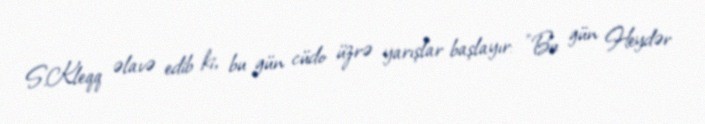
S.Kleqq əlavə edib ki, bu gün cüdo üzrə yarışlar başlayır: "Bu gün Heydər